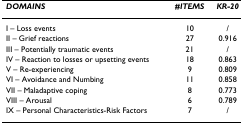
<table><thead><tr><td><b><i>DOMAINS</i></b></td><td><b><i>#ITEMS</i></b></td><td><b><i>KR-20</i></b></td></tr></thead><tbody><tr><td>I – Loss events</td><td>10</td><td>/</td></tr><tr><td>II – Grief reactions</td><td>27</td><td>0.916</td></tr><tr><td>III – Potentially traumatic events</td><td>21</td><td>/</td></tr><tr><td>IV – Reaction to losses or upsetting events</td><td>18</td><td>0.863</td></tr><tr><td>V – Re-experiencing</td><td>9</td><td>0.809</td></tr><tr><td>VI – Avoidance and Numbing</td><td>11</td><td>0.858</td></tr><tr><td>VII – Maladaptive coping</td><td>8</td><td>0.773</td></tr><tr><td>VIII – Arousal</td><td>6</td><td>0.789</td></tr><tr><td>IX – Personal Characteristics-Risk Factors</td><td>7</td><td>/</td></tr></tbody></table>